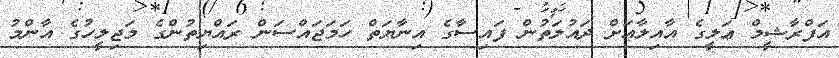
އަފްރާޝީމް ޢަލީގެ އާއިލާއަށް ދައުލަތުން ފައިސާގެ އިނާޔަތް ހަމަޖައްސަން ރައްޔިތުންގެ މަޖިލީހުގެ އާންމު